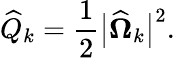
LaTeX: \widehat{Q}_{k}=\frac{1}{2}\big|\widehat{\boldsymbol{\Omega}}_{k}\big|^{2}.